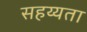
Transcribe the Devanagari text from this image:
सहय्यता